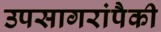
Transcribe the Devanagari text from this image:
उपसागरांपैकी